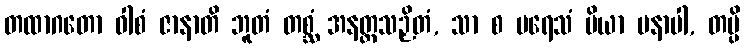
တထာဂတော ဝါစံ ဇာနာတိ ဘူတံ တစ္ဆံ အနတ္ထသဉှိတံ, သာ စ ပရေသံ ပိယာ မနာပါ, တမ္ပိ